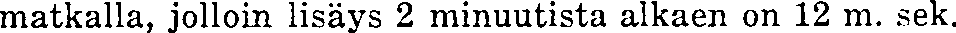
matkalla, jolloin lisäys 2 minuutista alkaen on 12 m. sek.